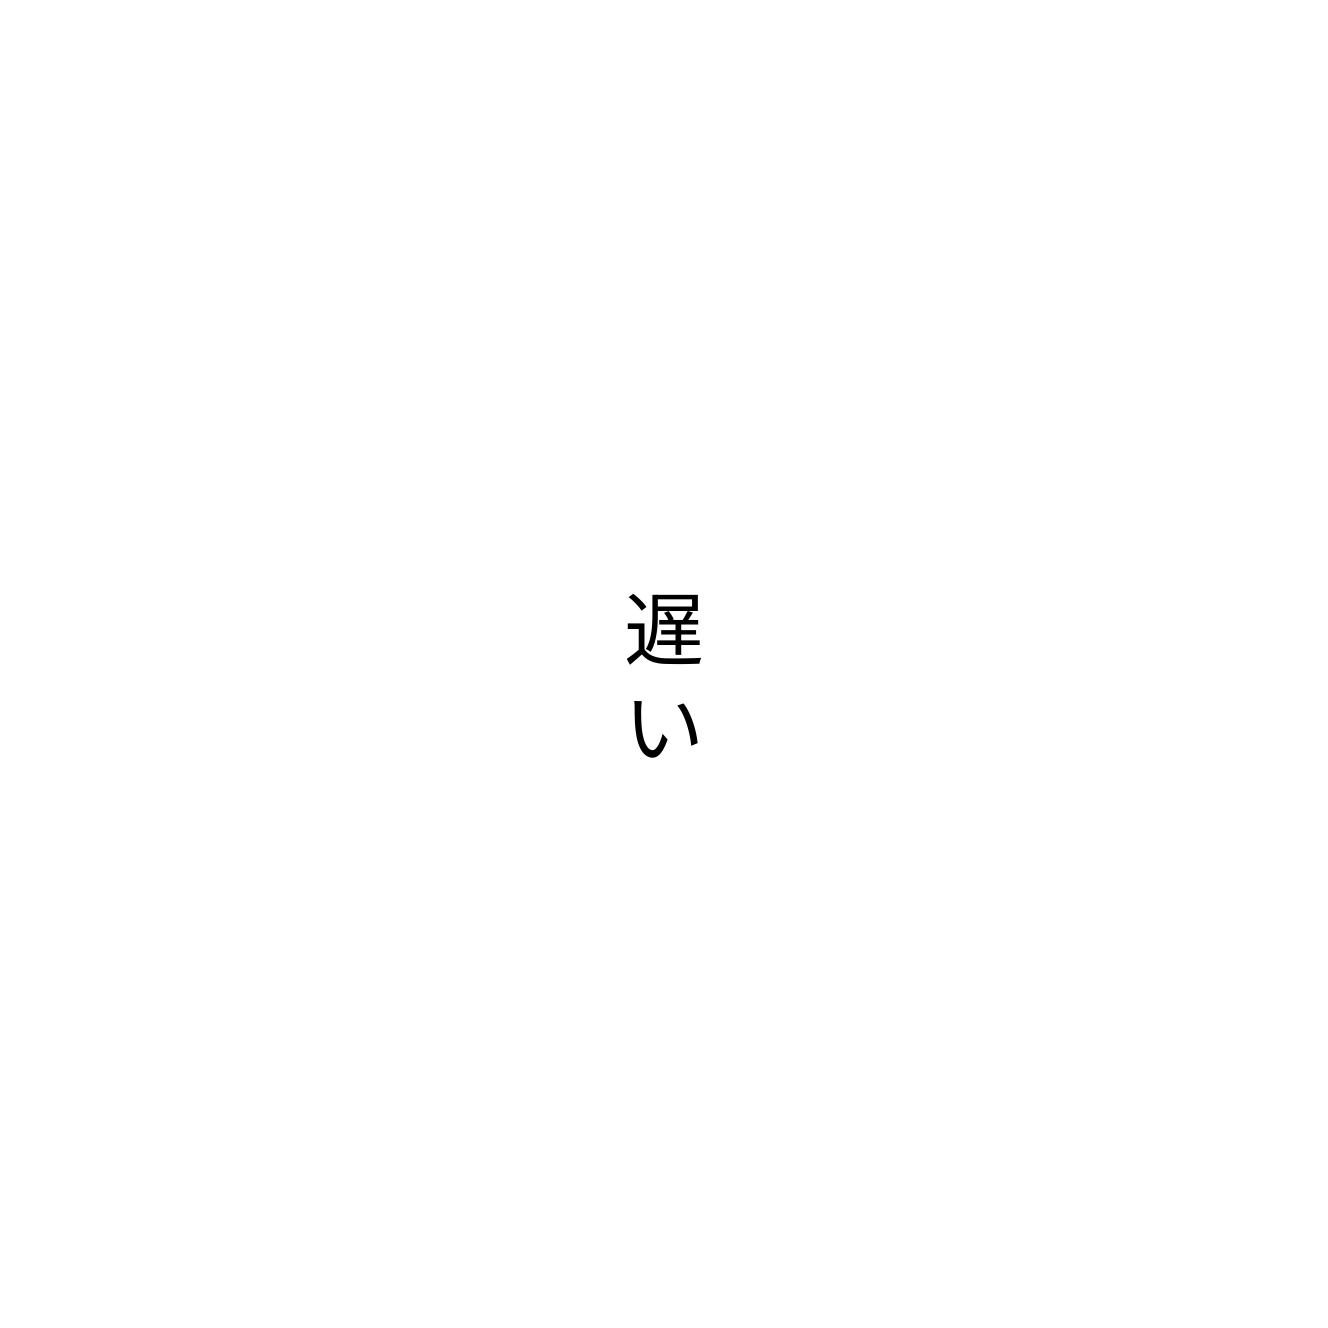
遅い